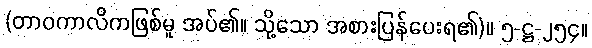
(တာဝကာလိကဖြစ်မူ အပ်၏။ သို့သော အစားပြန်ပေးရ၏)။ ၅-ဋ္ဌ-၂၅၄။